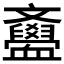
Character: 𣁫